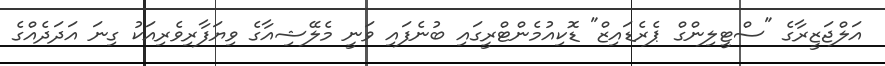
އަލްޖަޒީރާގެ "ސްޓީލިންގް ޕެރެޑައިޒް" ޑޮކިއުމެންޓްރީގައި ބުނެފައި ވަނީ މެލޭޝިއާގެ ވިޔަފާރިވެރިއަކު ގިނަ އަދަދެއްގެ